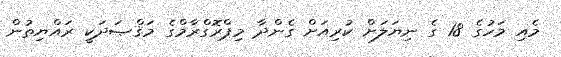
މެއި މަހުގެ 18 ގެ ނިޔަލަށް ކުރިއަށް ގެންދާ މިޕްރޮގްރާމްގެ މަޤްޞަދަކީ ރައްޔިތުން